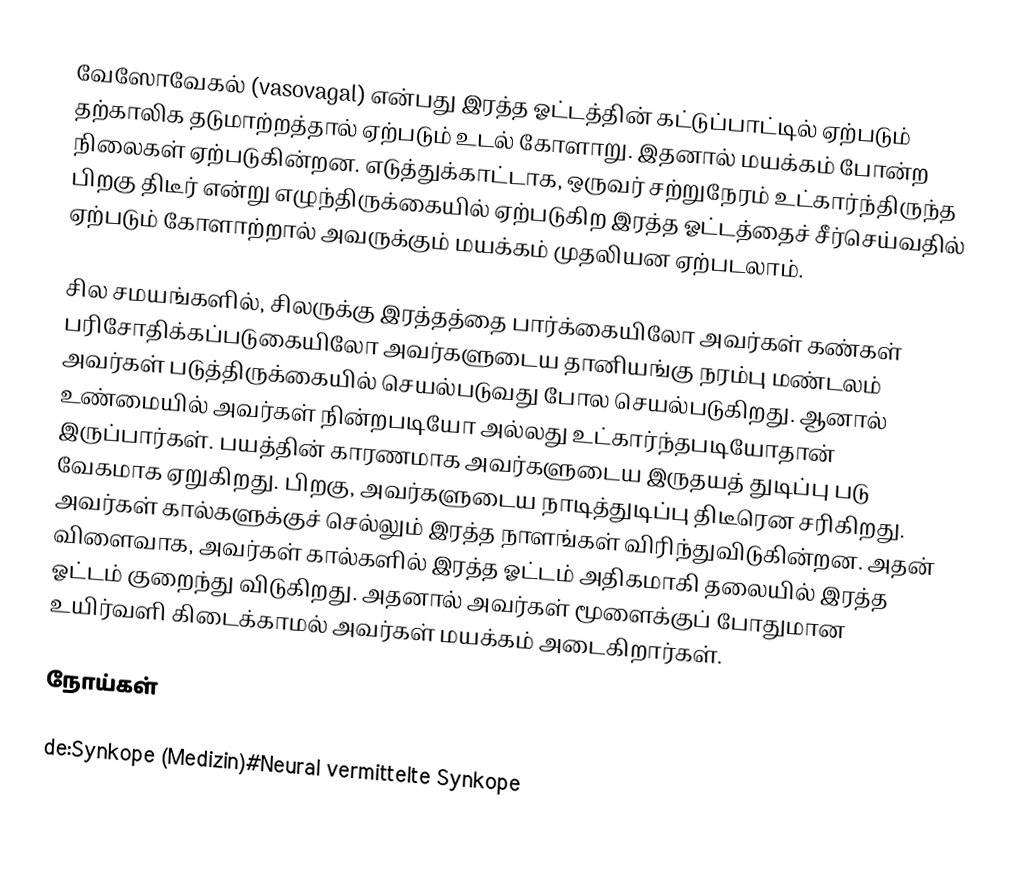
வேஸோவேகல் (vasovagal) என்பது இரத்த ஓட்டத்தின் கட்டுப்பாட்டில் ஏற்படும் தற்காலிக தடுமாற்றத்தால் ஏற்படும் உடல் கோளாறு. இதனால் மயக்கம் போன்ற நிலைகள் ஏற்படுகின்றன. எடுத்துக்காட்டாக, ஒருவர் சற்றுநேரம் உட்கார்ந்திருந்த பிறகு திடீர் என்று எழுந்திருக்கையில் ஏற்படுகிற இரத்த ஓட்டத்தைச் சீர்செய்வதில் ஏற்படும் கோளாற்றால் அவருக்கும் மயக்கம் முதலியன ஏற்படலாம்.

சில சமயங்களில், சிலருக்கு இரத்தத்தை பார்க்கையிலோ அவர்கள் கண்கள் பரிசோதிக்கப்படுகையிலோ அவர்களுடைய தானியங்கு நரம்பு மண்டலம் அவர்கள் படுத்திருக்கையில் செயல்படுவது போல செயல்படுகிறது. ஆனால் உண்மையில் அவர்கள் நின்றபடியோ அல்லது உட்கார்ந்தபடியோதான் இருப்பார்கள். பயத்தின் காரணமாக அவர்களுடைய இருதயத் துடிப்பு படு வேகமாக ஏறுகிறது. பிறகு, அவர்களுடைய நாடித்துடிப்பு திடீரென சரிகிறது. அவர்கள் கால்களுக்குச் செல்லும் இரத்த நாளங்கள் விரிந்துவிடுகின்றன. அதன் விளைவாக, அவர்கள் கால்களில் இரத்த ஓட்டம் அதிகமாகி தலையில் இரத்த ஓட்டம் குறைந்து விடுகிறது. அதனால் அவர்கள் மூளைக்குப் போதுமான உயிர்வளி கிடைக்காமல் அவர்கள் மயக்கம் அடைகிறார்கள்.

நோய்கள்

de:Synkope (Medizin)#Neural vermittelte Synkope